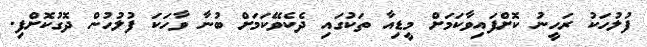
ފުލުހަކު ރަހީނު ކޮށްފައިވާކަމަށް މީޑިއާ ތަކުގައި ދެކެވޭކަމަށް ބުނާ ވާހަކަ ފުލުހުން ދޮގުކޮށްފި.